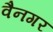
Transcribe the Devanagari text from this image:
वैनगर